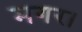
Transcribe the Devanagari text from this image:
मगर।